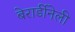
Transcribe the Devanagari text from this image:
बेरार्डीनेली